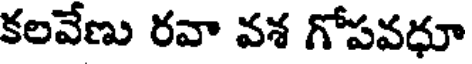
కలవేణు రవా వశ గోపవధూ